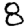
Digit: 8